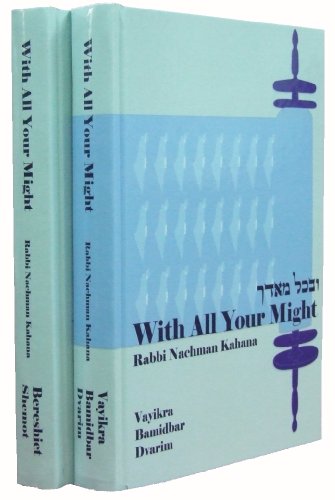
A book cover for With All Your Might (two volume set) The Torah of Eretz Yisrael in the Weekly Parashah; Rabbi Nachman Kahana; Religion & Spirituality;